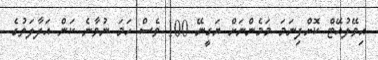
އިވޭލުއޭޓް ކޮށްފިނަމަ މަމެންނަށް ޔަގީނޭ 100 ވެސް ހަމަ ނުވާނެ ކަން އަދާލަތުގެ